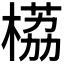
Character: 𬃹